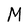
Character: M